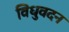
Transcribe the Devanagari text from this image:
विधुवदन